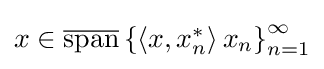
{\textstyle x\in {\overline {\operatorname {span} }}\left\{\left\langle x,x_{n}^{*}\right\rangle x_{n}\right\}_{n=1}^{\infty }}